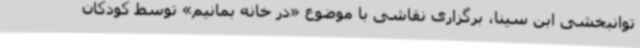
توانبخشی ابن سینا، برگزاری نقاشی با موضوع «در خانه بمانیم» توسط کودکان